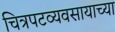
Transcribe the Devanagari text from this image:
चित्रपटव्यवसायाच्या